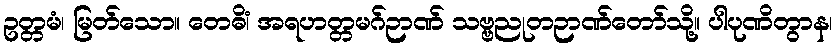
ဥတ္တမံ၊ မြတ်သော။ တေဓိံ၊ အရဟတ္တမဂ်ဉာဏ် သဗ္ဗညုတဉာဏ်တော်သို့။ ပါပုဏိတွာန၊